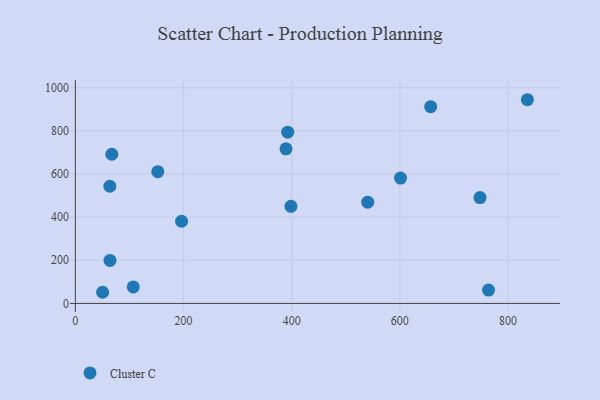
{"axis": {"x": "Speed", "y": "Exam Score"}, "legend": ["Cluster C"], "data": [{"x": "764.0", "y": 61.8, "type": "Cluster C"}, {"x": "67.4", "y": 691.5, "type": "Cluster C"}, {"x": "152.4", "y": 610.7, "type": "Cluster C"}, {"x": "392.7", "y": 793.8, "type": "Cluster C"}, {"x": "657.1", "y": 912.1, "type": "Cluster C"}, {"x": "64.0", "y": 199.4, "type": "Cluster C"}, {"x": "540.7", "y": 469.2, "type": "Cluster C"}, {"x": "398.7", "y": 450.3, "type": "Cluster C"}, {"x": "107.1", "y": 76.5, "type": "Cluster C"}, {"x": "389.5", "y": 716.8, "type": "Cluster C"}, {"x": "196.4", "y": 380.9, "type": "Cluster C"}, {"x": "50.4", "y": 51.7, "type": "Cluster C"}, {"x": "63.8", "y": 543.3, "type": "Cluster C"}, {"x": "835.9", "y": 944.3, "type": "Cluster C"}, {"x": "748.3", "y": 490.5, "type": "Cluster C"}, {"x": "601.3", "y": 581.0, "type": "Cluster C"}]}